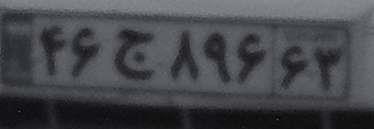
۴۶ج۸۹۶۶۳